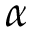
\alpha